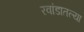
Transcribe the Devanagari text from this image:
रवांडातल्‍या